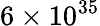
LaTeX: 6\times 10^{35}